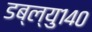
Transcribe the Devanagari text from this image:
डब्ल्यु१४०